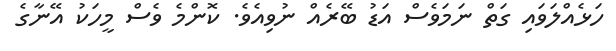
ހަޅެއްލަވައި ގަތް ނަމަވެސް އަޑު ބޭރެއް ނުވިއެވެ. ކޮންމެ ވެސް މީހަކު އޭނާގެ